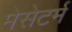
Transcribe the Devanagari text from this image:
मेसेटर्म